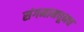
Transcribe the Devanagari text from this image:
संगमामधूनच